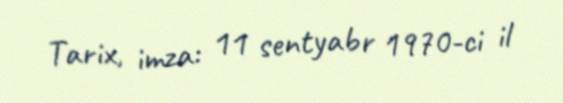
Tarix, imza: 11 sentyabr 1970-ci il